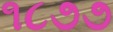
૧૮૭૭